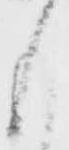
も